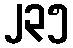
၂၃၅